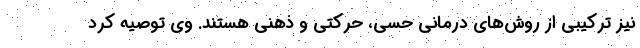
نیز ترکیبی از روش‌های درمانی حسی، حرکتی و ذهنی هستند. وی توصیه کرد